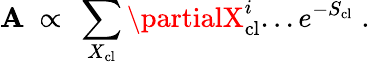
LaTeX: \mathbf{A}~\propto~\sum_{X_{\mathrm{{cl}}}}\partialX_{\mathrm{{cl}}}^{i}...e^{-S_{\mathrm{{cl}}}}\; .